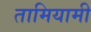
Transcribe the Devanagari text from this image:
तामियामी